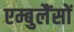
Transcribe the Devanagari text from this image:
एम्बुलैंसों